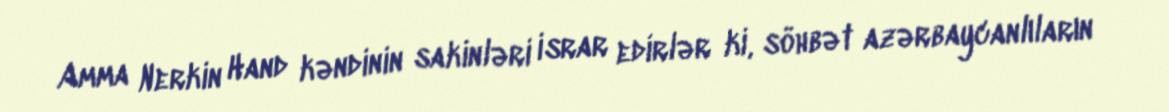
Amma Nerkin Hand kəndinin sakinləri israr edirlər ki, söhbət azərbaycanlıların